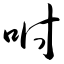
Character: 咐